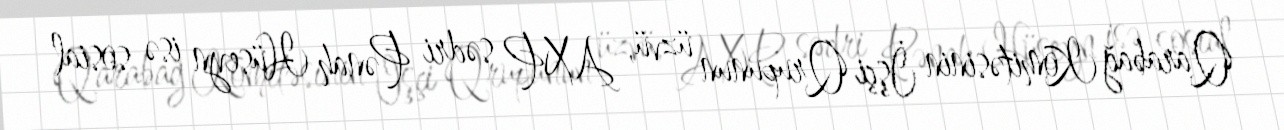
Qarabağ Komitəsinin İşçi Qrupunun üzvü, AXP sədri Pənah Hüseyn isə sosial